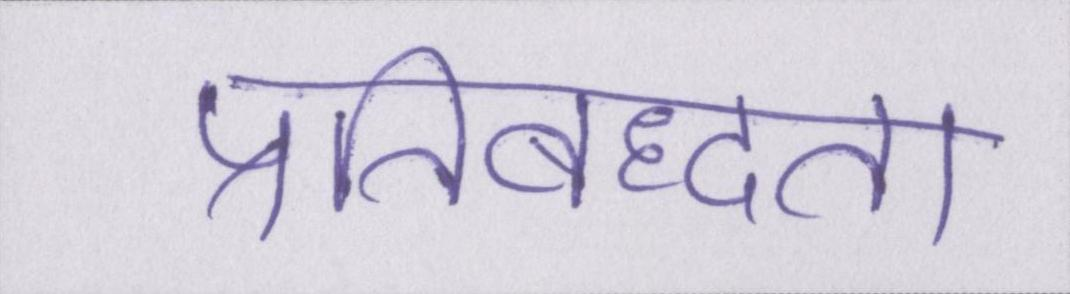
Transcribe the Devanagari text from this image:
प्रतिबध्दता